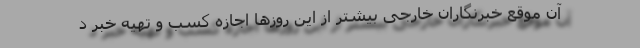
آن موقع خبرنگاران خارجی بیشتر از این روزها اجازه کسب و تهیه خبر د